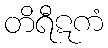
တိရီဋကံ